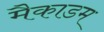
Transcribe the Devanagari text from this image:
मैकाडम